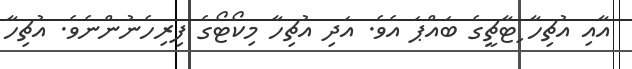
އާއި އުޗިހާ ިޓާޗީގެ ބައްޕަ އެވެ. އަދި އުޗިހާ މިކޯޓޯގެ ފިރިހެނުންނެވެ. އުޗިހާ